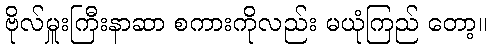
ဗိုလ်မှူးကြီးနာဆာ စကားကိုလည်း မယုံကြည် တော့။